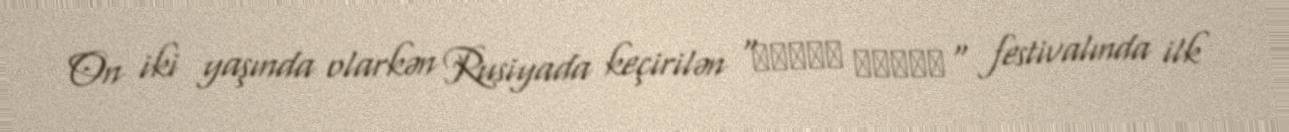
On iki yaşında olarkən Rusiyada keçirilən “Новые имена" festivalında ilk